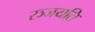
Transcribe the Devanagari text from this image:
रञ्जयति